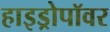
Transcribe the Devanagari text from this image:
हाइड्रोपॉवर